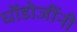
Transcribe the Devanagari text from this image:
धोंडोजींनी